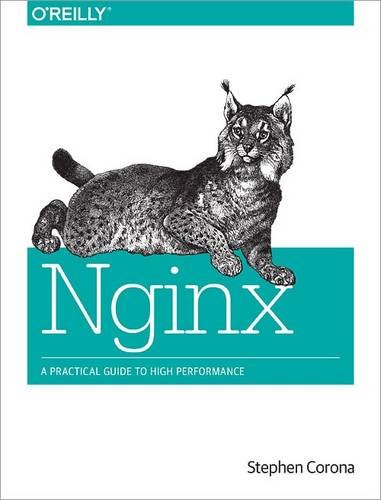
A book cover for nginx: A Practical Guide to High Performance; Stephen Corona; Computers & Technology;